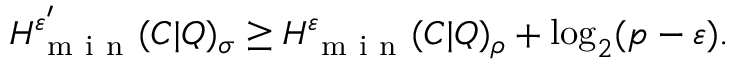
H _ { \mathrm { ~ m ~ i ~ n ~ } } ^ { \varepsilon ^ { \prime } } ( C | Q ) _ { \sigma } \geq H _ { \mathrm { ~ m ~ i ~ n ~ } } ^ { \varepsilon } ( C | Q ) _ { \rho } + \log _ { 2 } ( p - \varepsilon ) .